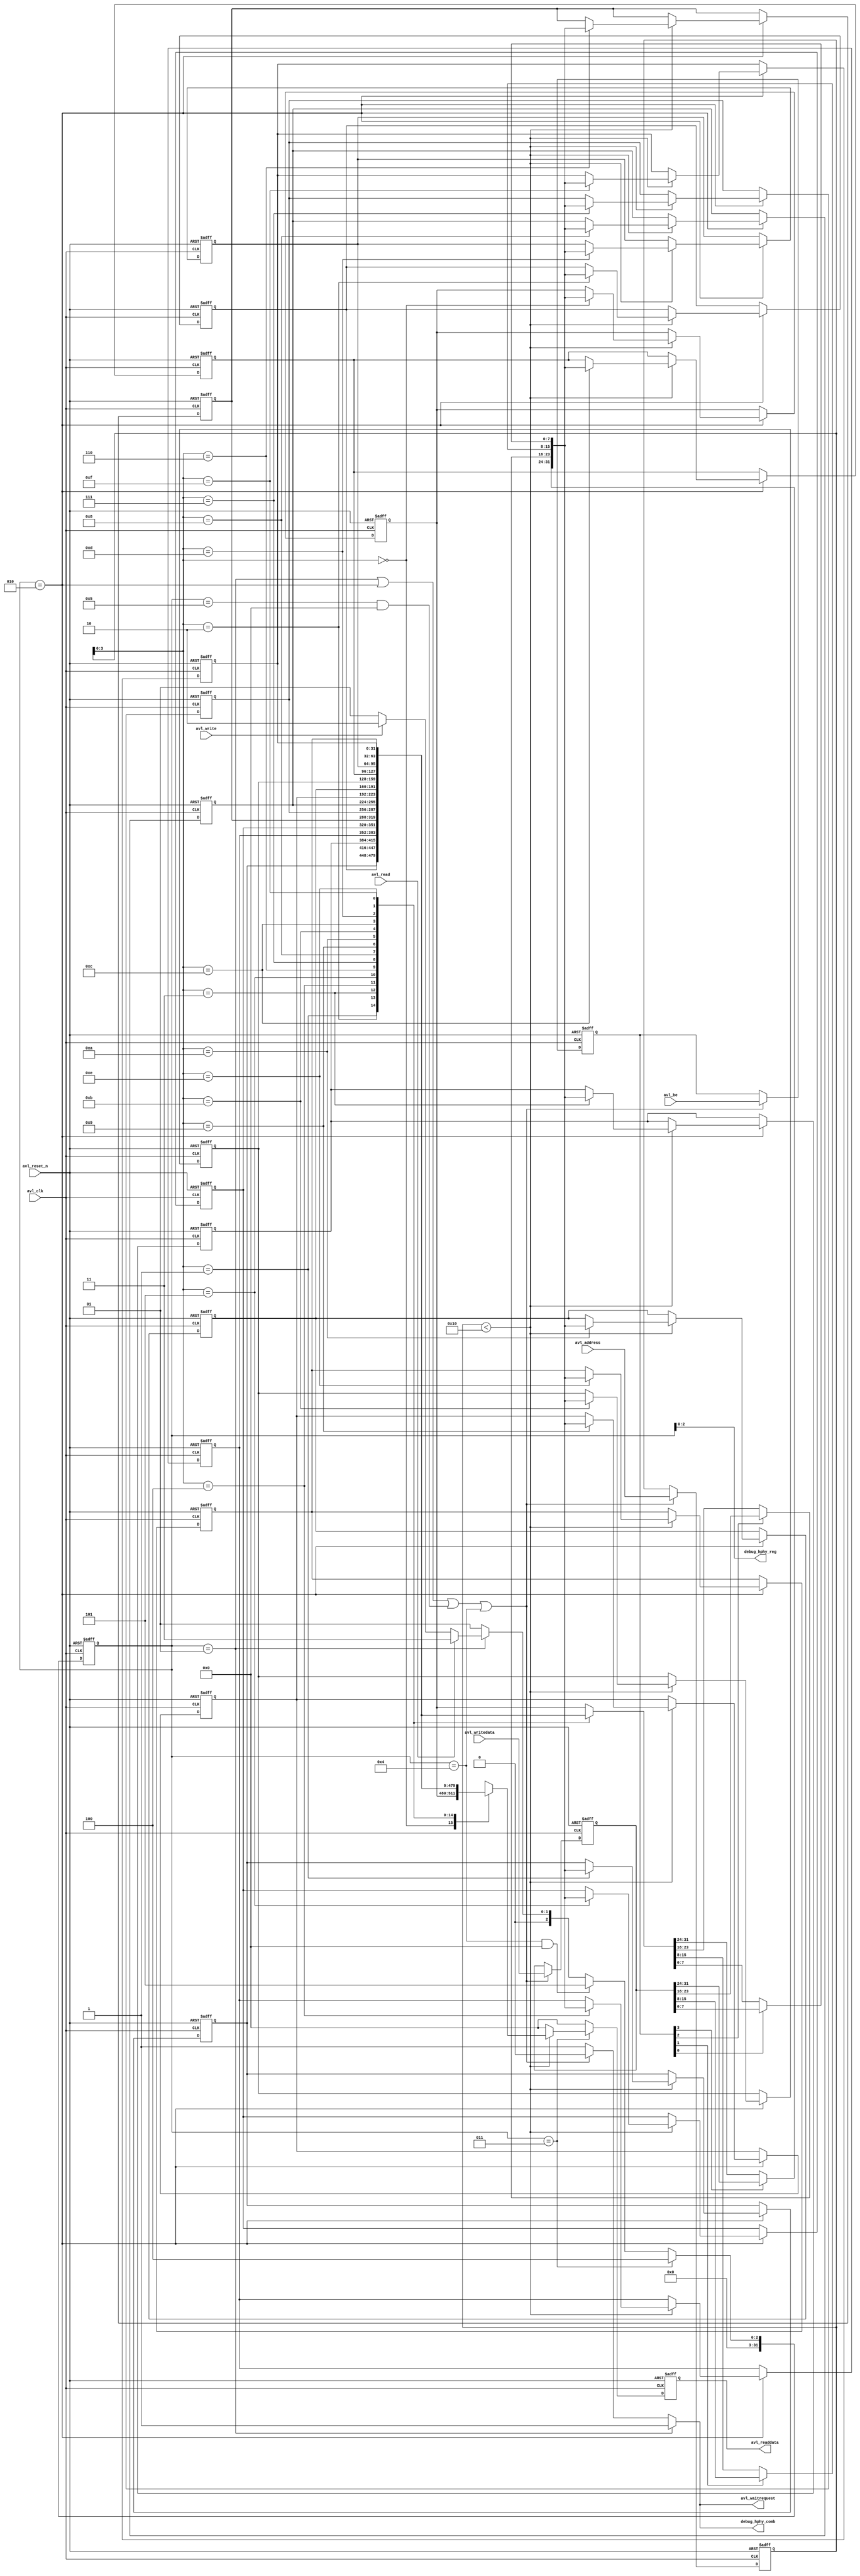
// (C) 2001-2016 Intel Corporation. All rights reserved.
// Your use of Intel Corporation's design tools, logic functions and other 
// software and tools, and its AMPP partner logic functions, and any output 
// files any of the foregoing (including device programming or simulation 
// files), and any associated documentation or information are expressly subject 
// to the terms and conditions of the Intel Program License Subscription 
// Agreement, Intel MegaCore Function License Agreement, or other applicable 
// license agreement, including, without limitation, that your use is for the 
// sole purpose of programming logic devices manufactured by Intel and sold by 
// Intel or its authorized distributors.  Please refer to the applicable 
// agreement for further details.


// (C) 2001-2011 Altera Corporation. All rights reserved.
// Your use of Altera Corporation's design tools, logic functions and other 
// software and tools, and its AMPP partner logic functions, and any output 
// files any of the foregoing (including device programming or simulation 
// files), and any associated documentation or information are expressly subject 
// to the terms and conditions of the Altera Program License Subscription 
// Agreement, Altera MegaCore Function License Agreement, or other applicable 
// license agreement, including, without limitation, that your use is for the 
// sole purpose of programming logic devices manufactured by Altera and sold by 
// Altera or its authorized distributors.  Please refer to the applicable 
// agreement for further details.


`timescale 1 ps / 1 ps

// ******
// reg_file
// ******
//
// Register file
//
// General Description
// -------------------
//
// This component stores all configuration/parameterization information
// that other components need to calibrate.
//
// Architecture
// ------------
//
// The PHY Manager is organized as an 
//    - Avalon Interface: it's a Memory-Mapped interface to the Avalon
//      Bus.
//    - Register File: The "register file" of read/write registers
//

module seq_reg_file (
	// Avalon Interface
	
	avl_clk,
	avl_reset_n,
	avl_address,
	avl_write,
	avl_writedata,
	avl_read,
	avl_readdata,
	avl_waitrequest,
	avl_be,
	
	//debug signals
	debug_hphy_reg,
	debug_hphy_comb

);

parameter AVL_DATA_WIDTH = 32;
parameter AVL_ADDR_WIDTH = 13;
parameter AVL_NUM_SYMBOLS = 4;
parameter AVL_SYMBOL_WIDTH = 8;
parameter REGISTER_RDATA   = 0;
parameter NUM_REGFILE_WORDS = 16;
parameter DEBUG_REG_FILE_WORD = 2;

input avl_clk;
input avl_reset_n;
input [AVL_ADDR_WIDTH - 1:0] avl_address;
input avl_write;
input [AVL_DATA_WIDTH - 1:0] avl_writedata;
input [AVL_NUM_SYMBOLS - 1:0] avl_be;
input avl_read;
output [AVL_DATA_WIDTH - 1:0] avl_readdata;
output avl_waitrequest;

//debug signals
output wire [2:0] debug_hphy_reg;
output wire       debug_hphy_comb;



reg [AVL_ADDR_WIDTH-1 : 0] int_addr;
reg [AVL_NUM_SYMBOLS - 1 : 0] int_be;
reg [AVL_DATA_WIDTH - 1 : 0] int_rdata;
reg [AVL_DATA_WIDTH - 1 : 0] int_rdata_reg;
wire int_waitrequest;		//*** SV-to-V: 'logic=>reg ??? fixed/wire
reg [AVL_DATA_WIDTH - 1 : 0] int_wdata;
reg [AVL_DATA_WIDTH - 1 : 0] int_wdata_wire;		//*** SV-to-V: 'logic=>reg ??? fixme?

reg [AVL_DATA_WIDTH-1 : 0] reg_file [0 : NUM_REGFILE_WORDS-1] /* synthesis syn_ramstyle = "reg" */;		//*** SV-to-V: 'logic=>reg ??? fixme? 

integer i, b;

//*** typedef enum int unsigned {		//*** SV-to-V: typedef begin 
	localparam INIT = 0;	//*** 	INIT,		//*** SV-to-V: Found INIT, using val 0
	localparam IDLE = 1;	//*** 	IDLE,		//*** SV-to-V: Found IDLE, using val 1
	localparam WRITE2 = 2;	//*** 	WRITE2,		//*** SV-to-V: Found WRITE2, using val 2
	localparam READ2 = 3;	//*** 	READ2,		//*** SV-to-V: Found READ2, using val 3
	localparam READ3 = 4;	//*** 	READ3,		//*** SV-to-V: Found READ3, using val 4
	localparam READ4 = 5;	//*** 	READ4		//*** SV-to-V: Found READ4, using val 5
//*** } avalon_state_t;		//*** SV-to-V: typedef avalon_state_t end 

 integer state;		//*** SV-to-V: typedef avalon_state_t=>integer

always @ (posedge avl_clk or negedge avl_reset_n) begin		//*** SV-to-V: always_ff=>always 
	if (~avl_reset_n)
		state <= INIT;
	else begin
		if (state == READ2)
			state <= READ3;
		else if ((state == READ3) && (REGISTER_RDATA)) 
			state <= READ4;
		else if (state == IDLE) 
			if (avl_read)
				state <= READ2;
			else if (avl_write)
				state <= WRITE2;
			else
				state <= IDLE;
		else 
			state <= IDLE;
	end
end

assign int_waitrequest = (state == IDLE) || (state == WRITE2) || ((state == READ4) && (REGISTER_RDATA)) || ((state == READ3) && (REGISTER_RDATA == 0)) ? 1'b0 : 1'b1;

always @ (posedge avl_clk or negedge avl_reset_n) begin		//*** SV-to-V: always_ff=>always 
	if (~avl_reset_n) begin
		int_addr <= 0;
		int_wdata <= 0;
		int_be <= 0;
	end
	else if (int_waitrequest == 0) begin
		int_addr  <= avl_address;
		int_wdata <= avl_writedata;
		int_be    <= avl_be;
	end
end

always @ (posedge avl_clk or negedge avl_reset_n) begin		//*** SV-to-V: always_ff=>always 
	if (~avl_reset_n) begin
		int_rdata <= 0;
	end
	else begin
		if (state == READ2) 
			if (int_addr < NUM_REGFILE_WORDS) begin
				int_rdata <= reg_file[int_addr];
			end
			else begin
				int_rdata <= 0;
			end
		else
			int_rdata <= 0;
	end
end
// synthesis translate_off
//*** property p_illegal_read_addr;		//*** SV-to-V: property begin 
//*** 	@(posedge avl_clk)
//*** 	disable iff (!avl_reset_n)
//*** 	(state == READ2) |-> (int_addr < NUM_REGFILE_WORDS);
//*** endproperty		//*** SV-to-V: property end 

//*** a_illegal_read_addr : assert property (p_illegal_read_addr);		//*** SV-to-V: assert 
// synthesis translate_on


always @* begin		//*** SV-to-V: always_comb=>always @*
	int_wdata_wire = reg_file[int_addr];
	for (b=0; b < AVL_NUM_SYMBOLS; b=b+1)		//*** SV-to-V: 'b++=>b=b+1 
		if (int_be[b])
			int_wdata_wire[(b+1)*AVL_SYMBOL_WIDTH-1-:AVL_SYMBOL_WIDTH] = int_wdata[(b+1)*AVL_SYMBOL_WIDTH-1-:AVL_SYMBOL_WIDTH];
end

always @ (posedge avl_clk or negedge avl_reset_n) begin		//*** SV-to-V: always_ff=>always 
	if (~avl_reset_n) begin
		for (i=0; i < NUM_REGFILE_WORDS; i=i+1)		//*** SV-to-V: 'i++=>i=i+1 
			reg_file[i] <= 0;
	end
	else begin
		i = 0;
		if (state == WRITE2) 
			if (int_addr < NUM_REGFILE_WORDS) begin
				reg_file[int_addr] <= int_wdata_wire;
			end
			else begin
			end
	end
end
// synthesis translate_off
//*** property p_illegal_write_addr;		//*** SV-to-V: property begin 
//*** 	@(posedge avl_clk)
//*** 	disable iff (!avl_reset_n)
//*** 	(state == WRITE2) |-> (int_addr < NUM_REGFILE_WORDS);
//*** endproperty		//*** SV-to-V: property end 

//*** a_illegal_write_addr : assert property (p_illegal_write_addr);		//*** SV-to-V: assert 
// synthesis translate_on

generate
	if (REGISTER_RDATA) begin
		
		always @ (posedge avl_clk or negedge avl_reset_n) begin		//*** SV-to-V: always_ff=>always 
			if (~avl_reset_n)
				int_rdata_reg <= 0;
			else
				int_rdata_reg <= int_rdata;
		end

		assign avl_readdata = int_rdata_reg;
	end
	else
		assign avl_readdata = int_rdata;
endgenerate

assign avl_waitrequest = (state == IDLE) ? 1'b1 : int_waitrequest;



// synthesis translate_off
//The register file has a specific word which is expected to be the current
wire [15:0] current_seq_stage;
wire [15:0] current_seq_group;

assign current_seq_stage = reg_file[DEBUG_REG_FILE_WORD][15:0];
assign current_seq_group = reg_file[DEBUG_REG_FILE_WORD][31:16];

// synthesis translate_on

//debug signals
assign debug_hphy_reg  = {state[2:0]};
assign debug_hphy_comb = {avl_waitrequest};

endmodule